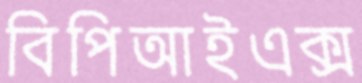
বিপিআইএক্স